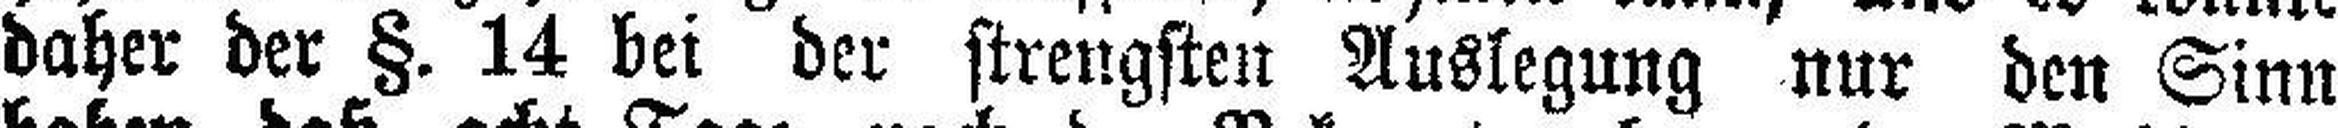
daher der §. 14 bei der strengsten Auslegung nur den Sinn